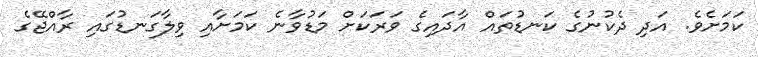
ކަމަށެވެ. އަދި ދެކުނުގެ ކަނޑުތައް އާދައިގެ ވަރަކަށް މަޑުވާނެ ކަމަށާއި ވިލާގަނޑުގައި ރާއްޖޭގެ